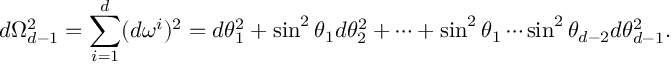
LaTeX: d \Omega _ { d - 1 } ^ { 2 } = \sum _ { i = 1 } ^ { d } ( d \omega ^ { i } ) ^ { 2 } = d \theta _ { 1 } ^ { 2 } + \sin ^ { 2 } \theta _ { 1 } d \theta _ { 2 } ^ { 2 } + \cdots + \sin ^ { 2 } \theta _ { 1 } \cdots \sin ^ { 2 } \theta _ { d - 2 } d \theta _ { d - 1 } ^ { 2 } .